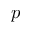
p